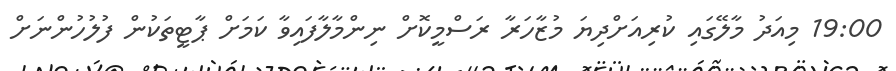
19:00 މިއަދު މާލޭގައި ކުރިއަށްދިޔަ މުޒާހަރާ ރަސްމީކޮށް ނިންމާލާފައިވާ ކަމަށް ޕާޓީތަކުން ފުލުހުންނަށް